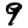
Digit: 9